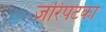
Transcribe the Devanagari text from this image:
जरिपटका